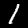
Digit: 1